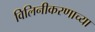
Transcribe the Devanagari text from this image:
विलिनीकरणाच्या